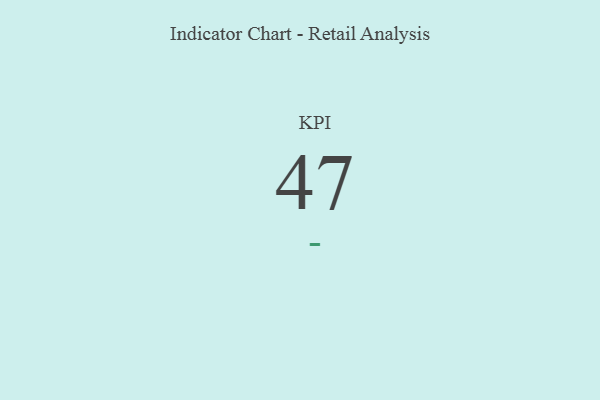
{"axis": {"x": "KPI", "y": "Value"}, "legend": [""], "data": [{"x": "KPI", "y": 47, "type": ""}]}